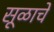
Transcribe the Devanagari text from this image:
सूळाचे